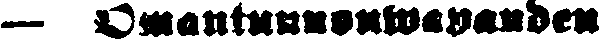
— Omantunnonwapauden